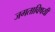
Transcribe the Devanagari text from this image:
जगताविषयी